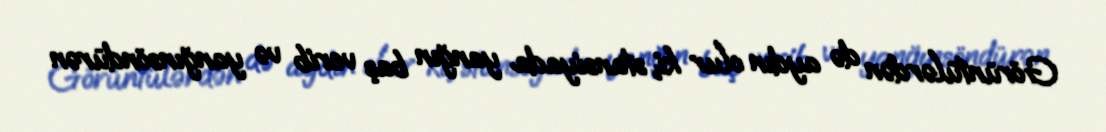
Görüntülərdən də aydın olur ki, stansiyada yanğın baş verib və yanğınsöndürən